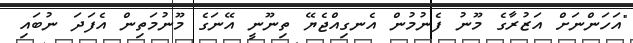
"އަހަންނަށް އަޒުރާގެ މޫނު ފެނުމުން އެނގިއްޖެޔޭ ތިނޫނީ އޭނަގެ މޫނުމަތިން އެފަދަ ނުބައި